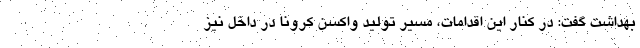
بهداشت گفت: در کنار این اقدامات، مسیر تولید واکسن کرونا در داخل نیز